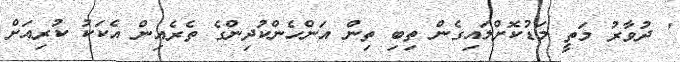
' ދުވާރު މަތީ މަޑުކޮށްލައިގެން ތިބި ތިން އަންހެންކުދިންގެ ތެރެއިން އެކަކު ކުރިއަށް